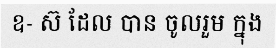
ឧ- ស៊ ដែល បាន ចូលរួម ក្នុង